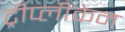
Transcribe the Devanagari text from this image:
ट्रीप्लीकेन